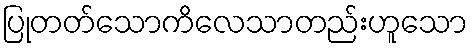
ပြုတတ်သောကိလေသာတည်းဟူသော